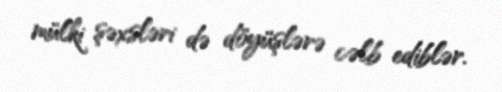
mülki şəxsləri də döyüşlərə cəlb ediblər.